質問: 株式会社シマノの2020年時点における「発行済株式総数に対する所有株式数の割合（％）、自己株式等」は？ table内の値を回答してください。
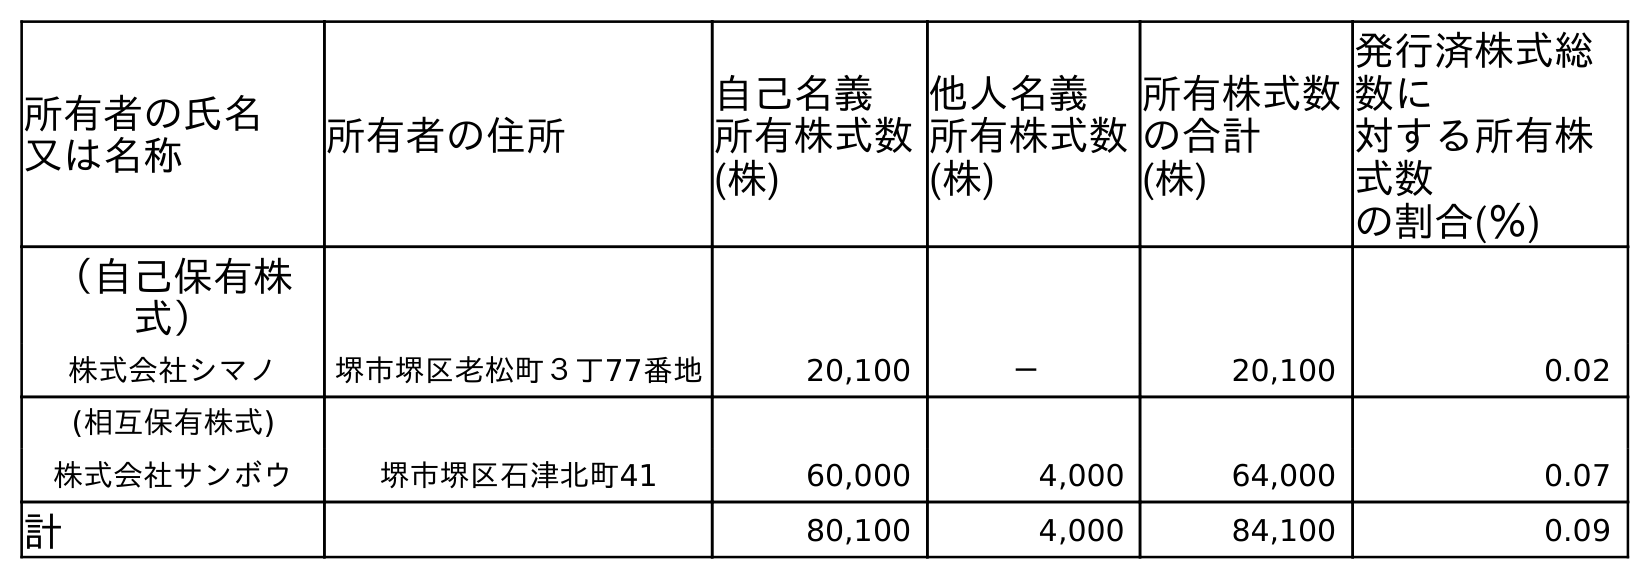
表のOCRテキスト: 所有者の氏名 又は名称 所有者の住所 自己名義 所有株式数 (株) 他人名義 所有株式数 (株) 所有株式数 の合計 (株) 発行済株式総 数に 対する所有株 式数 の割合(％) （自己保有株 式） 株式会社シマノ 堺市堺区老松町３丁77番地 20,100 － 20,100 0.02 (相互保有株式) 株式会社サンボウ 堺市堺区石津北町41 60,000 4,000 64,000 0.07 計 80,100 4,000 84,100 0.09
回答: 0.09